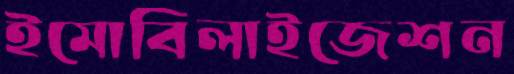
ইমোবিলাইজেশন